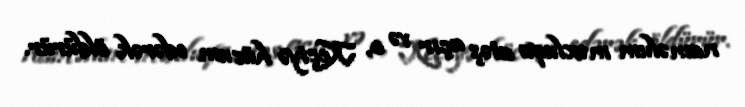
naməlum məxluqa atəş açır və o, Keçiyə hücum edərək öldürür.